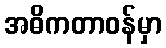
အဓိကတာဝန်မှာ